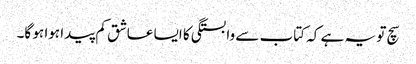
سچ تو یہ ہے کہ کتاب سے وابستگی کا ایسا عاشق کم پیدا ہوا ہو گا۔